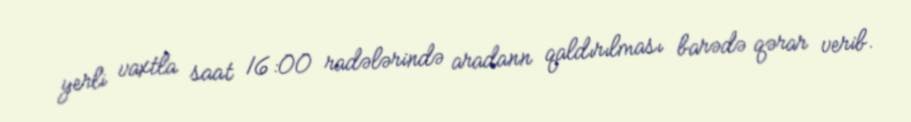
yerli vaxtla saat 16:00 radələrində aradann qaldırılması barədə qərar verib.